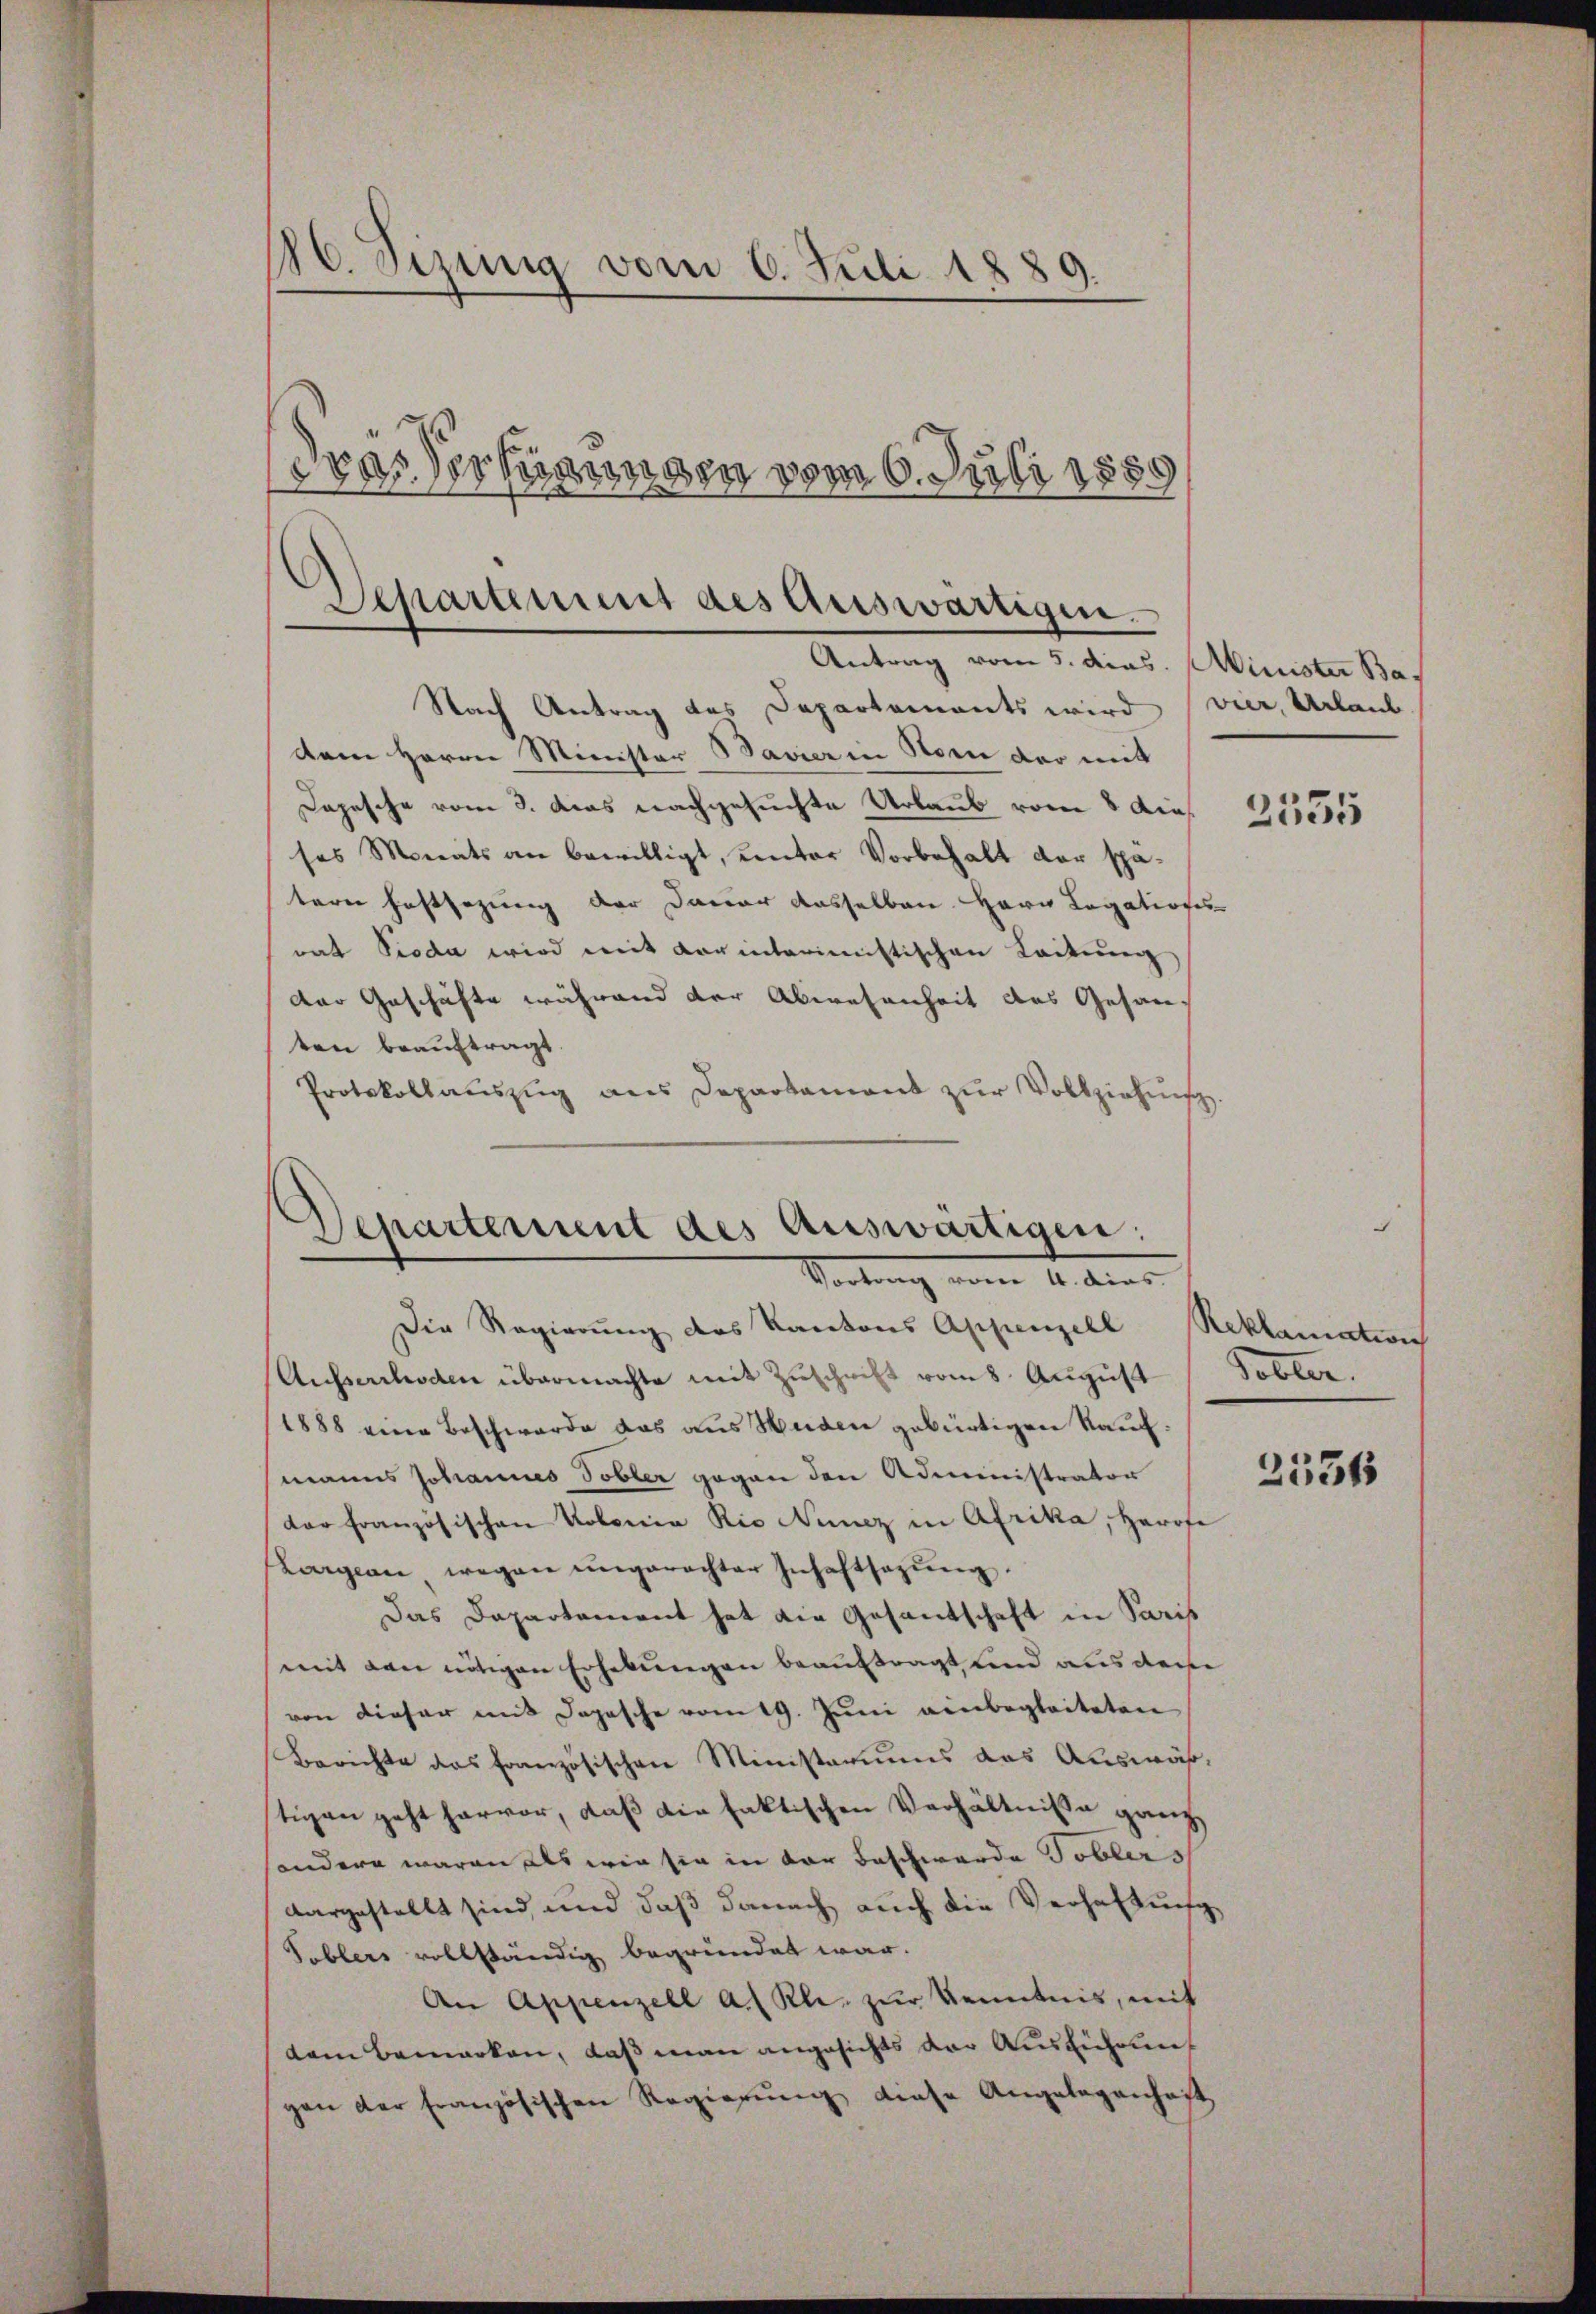
86. Sizung vom 6. Juli 1889.
drassersagungen vom 6. Juli 1889

Separtement des Auswärtigen.
Antrag vom 5. dies. Minister Bar

Separtement des Auswärtigen:
Sortung vom 1. dies

Nach Antrag des Departements wird (vier, Urlaub
dem Herrn Minister Bavier in Horn der mit
Depesche vom 3. das nachgesuchte Urlaub vom 8 dieses Monats an bewilligt, unter Vorbehalt der spätern Festsezung der Dauer dasselben Herr Legatioses
rat Pioda wird mit darinterimistischen Leitung
der Geschäfte während der Abwesenheit des Gesanten beauftragt.
Protokollaŭszŭg ans Departament zŭr Vollziehung.

Die Regierung des Kantons Appenzell
Aufserrhoden übermachte mit Zuschrift vom 8. August
1888 eine Beschwerde das aus Huden gebürtigen Kaufmanns Johannes Tobler gegen den Administrator
der französischen Kolonia Rio Nunz in Afrika, Harrte
Largen wegen ungerechter Inhaftsagung.
Das Dapartament hat die Gesantschaft in Paris
mit den nötigen Erhebungen beauftragt und aus dere
von dieser mit Dopesche vom 19. Juni einbegleiteten
Berichte des Französischen Ministeriums das Auswärtigen geht hervor, daß die faktischen Verhältnisse ganz
andern waren als wie sie in der Beschwerde Tobler s
dargestellt sind, und daß danach auch die Verhaltung
Toblers vollständig begründet war.
An Appenzell a. Rh. zur Kenntnis, mit
dem Bemerken, daß man angesichts der Ausführung
gen der Französischen Regierung diese Angelegenheit

2555

Reklamation
Tobler.

2536